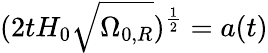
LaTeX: (2tH_{0}{\sqrt{\Omega_{0,R}}})^{\frac{1}{2}}=a(t)